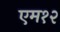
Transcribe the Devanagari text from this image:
एम१२